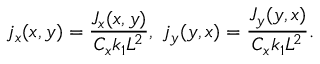
j _ { x } ( x , y ) = \frac { J _ { x } ( x , y ) } { C _ { x } k _ { 1 } L ^ { 2 } } , \; j _ { y } ( y , x ) = \frac { J _ { y } ( y , x ) } { C _ { x } k _ { 1 } L ^ { 2 } } .